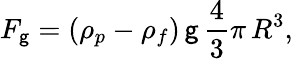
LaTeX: F_{\mathsf{g}}=\left(\rho_{p}-\rho_{f}\right)\, \mathsf{g}\, {\frac{{4}}{{3}}}\pi\, R^{3},